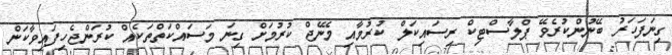
ގިނަފަހަރު ބޭނުންކުރެވޭ ޕްލާސްޓިކް ރިސައިކަލް ކުރުމާއި މެނޭޖް ކުރުމަށް ގިނަ މަސައްކަތްތަކެއް ކުރަންޖެހިފައިވާކަން